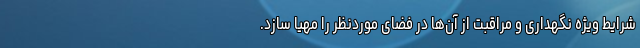
شرایط ویژه نگهداری و مراقبت از آن‌ها در فضای موردنظر را مهیا سازد.